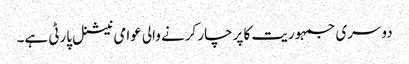
دوسری جمہوریت کا پرچار کرنے والی عوامی نیشنل پارٹی ہے۔